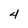
Character: 4